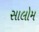
સાલોમ